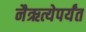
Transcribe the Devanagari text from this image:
नैऋत्येपर्यंत